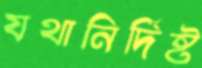
যথানির্দিষ্ট